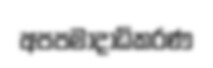
අපපමාදාධිකරණ